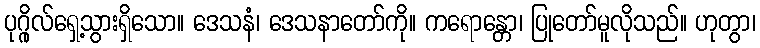
ပုဂ္ဂိုလ်ရှေ့သွားရှိသော။ ဒေသနံ၊ ဒေသနာတော်ကို။ ကရောန္တော၊ ပြုတော်မူလိုသည်။ ဟုတွာ၊